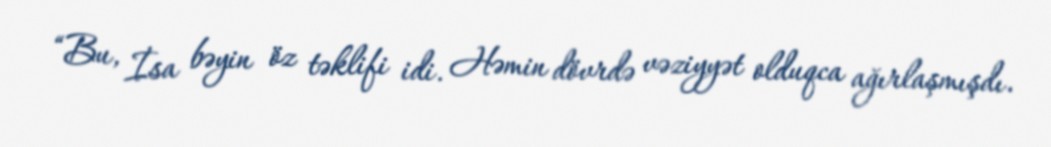
“Bu, İsa bəyin öz təklifi idi. Həmin dövrdə vəziyyət olduqca ağırlaşmışdı.